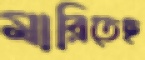
মারিতেছ